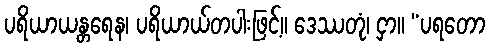
ပရိယာယန္တရေန၊ ပရိယာယ်တပါးဖြင့်။ ဒေဿတုံ၊ ငှာ။ “ပရတော